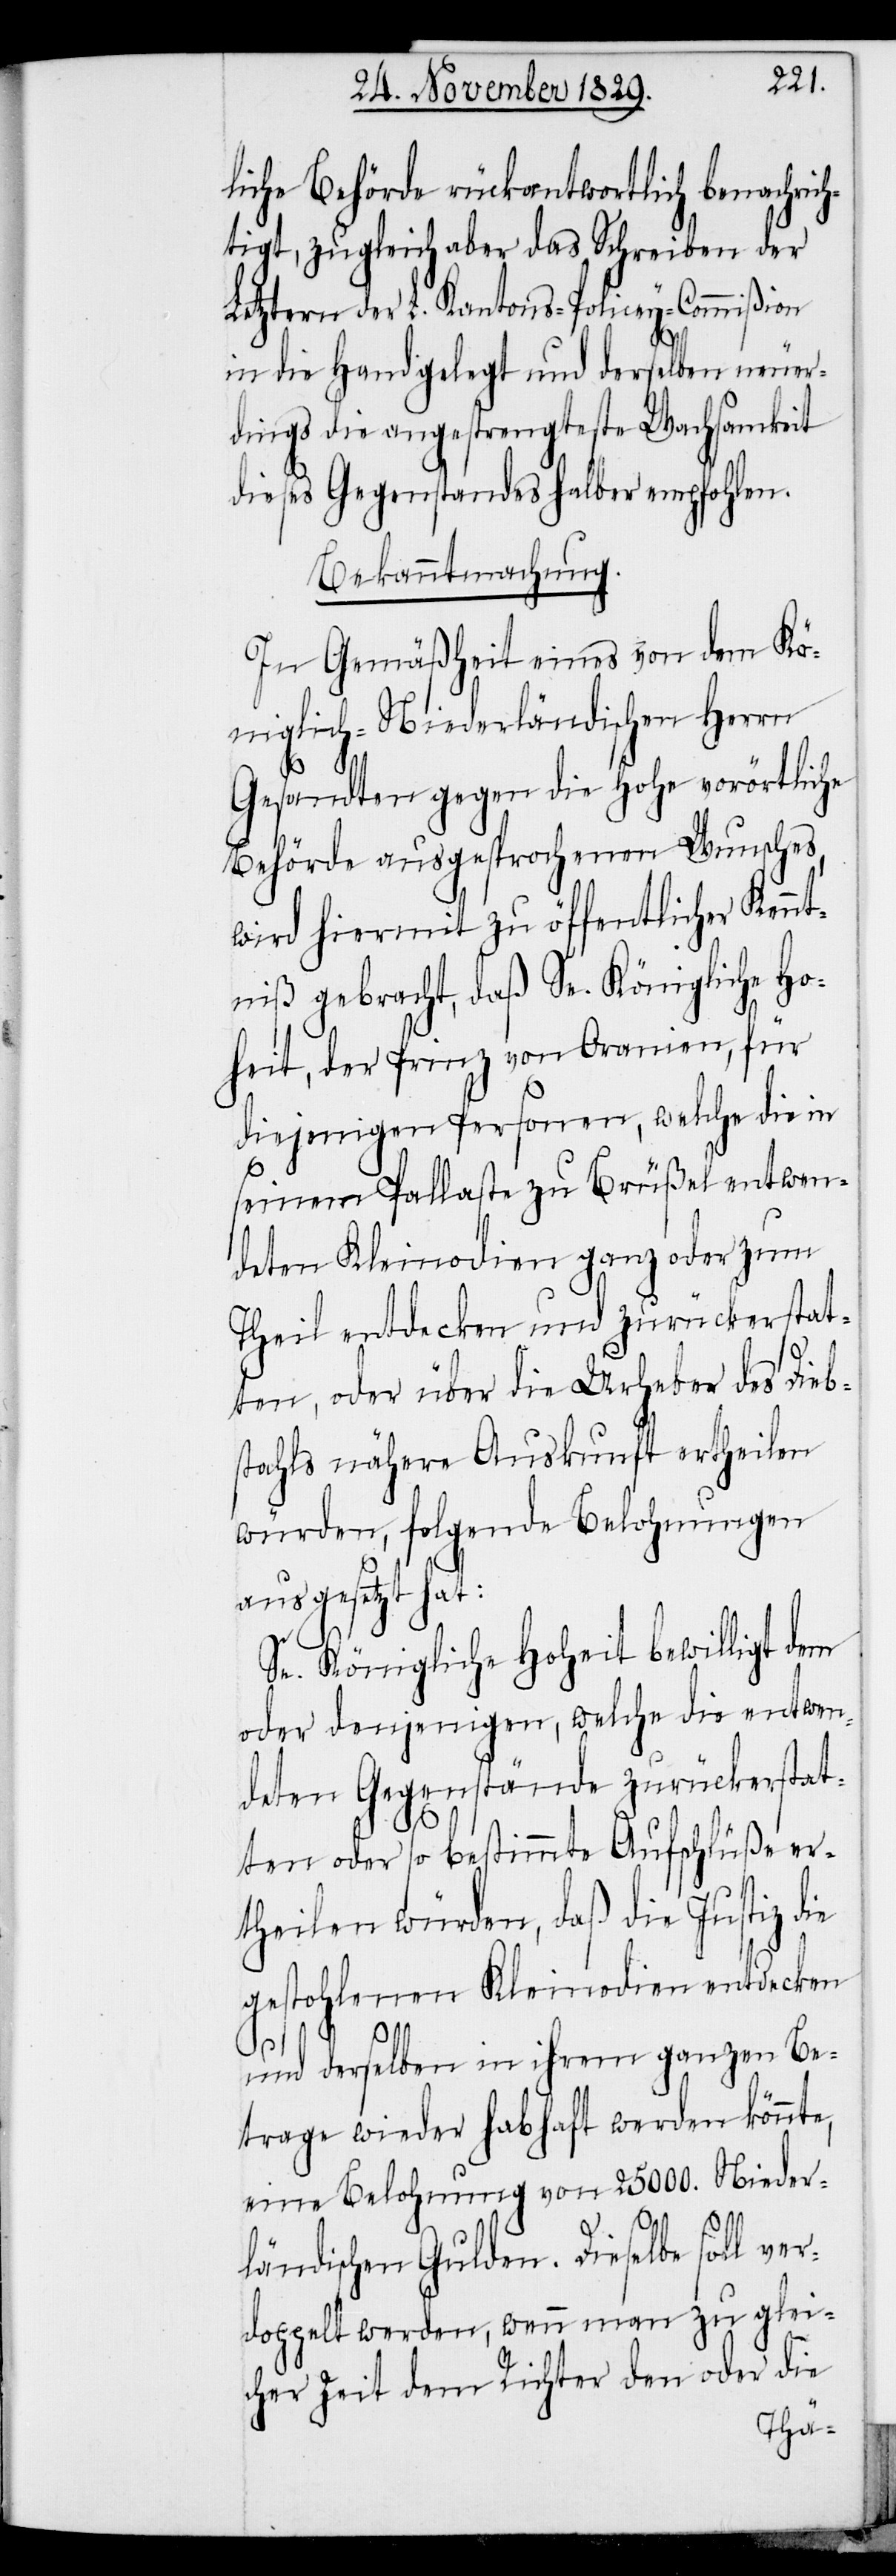
liche Behörde rückantwortlich benachric¬
htigt, zugleich aber das Schreiben der
Letztern der L. Kantons-Policey-Commißion
in die Hand gelegt und derselben neuer¬
dings die angestrengteste Wachsamkeit
dieses Gegenstandes halber empfohlen.
Bekanntmachung.
In Gemäßheit eines von dem Kö¬
niglich-Niederländischen Herrn
Gesandten gegen die Hohe vorörtliche
Behörde ausgesprochenen Wunsches,
wird hiermit zu öffentlicher Kennt¬
niß gebracht, daß Se. Königliche Ho¬
heit, der Prinz von Oranien, für
diejenigen Personen, welche die in
seinem Pallaste zu Brüßel entwen¬
deten Kleinodien ganz oder zum
Theil entdecken und zurückerstat¬
ten, oder über die Urheber des Dieb¬
stahls nähere Auskunft ertheilen
würden, folgende Belohnungen
ausgesetzt hat:
Se. Königliche Hoheit bewilligt dem
oder denjenigen, welche die entwen¬
deten Gegenstände zurückerstat¬
ten oder so bestimmte Aufschlüße er¬
theilen würden, daß die Justiz die
gestohlenen Kleinodien entdecken
und derselben in ihrem ganzen Be¬
trage wieder habhaft werden könnte,
eine Belohnung von 25000. Nieder¬
ländischen Gulden. Dieselbe soll ver¬
doppelt werden, wenn man zu glei¬
cher Zeit dem Richter den oder die